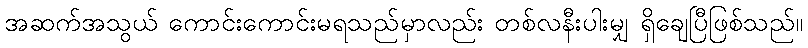
အဆက်အသွယ် ကောင်းကောင်းမရသည်မှာလည်း တစ်လနီးပါးမျှ ရှိချေပြီဖြစ်သည်။